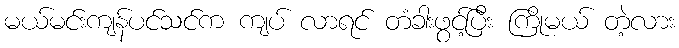
မယ်မင်းကျန်ပင်သင်က ကျပ် လာရင် တံခါးဖွင့်ပြီး ကြိုမယ် တဲ့လား